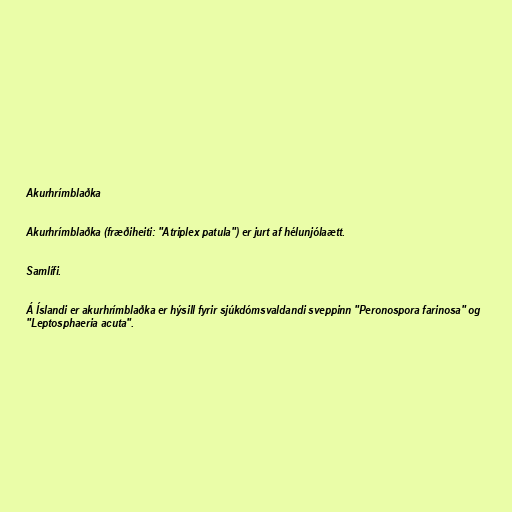
Akurhrímblaðka

Akurhrímblaðka (fræðiheiti: "Atriplex patula") er jurt af hélunjólaætt.

Samlífi.

Á Íslandi er akurhrímblaðka er hýsill fyrir sjúkdómsvaldandi sveppinn "Peronospora farinosa" og
"Leptosphaeria acuta".